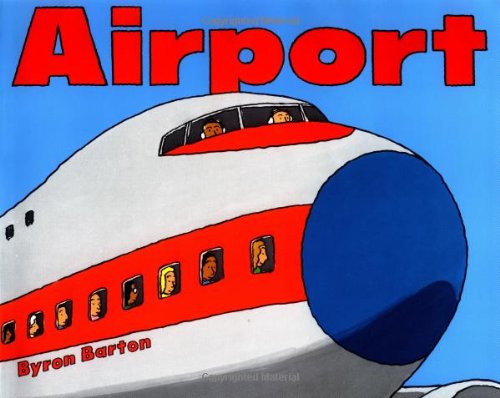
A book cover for Airport; Byron Barton; Children's Books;